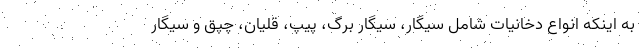
به اینکه انواع دخانیات شامل سیگار، سیگار برگ، پیپ، قلیان، چپق و سیگار